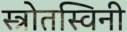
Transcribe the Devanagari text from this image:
स्त्रोतस्विनी